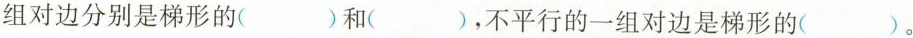
组对边分别是梯形的( )和( )，不平行的一组对边是梯形的( )。